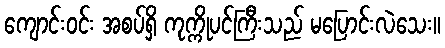
ကျောင်းဝင်း အစပ်ရှိ ကုက္ကိုပင်ကြီးသည် မပြောင်းလဲသေး။